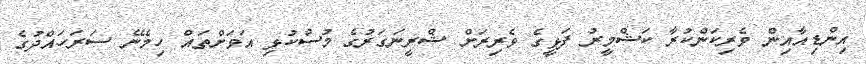
އިންޑިއާއިން ވެރިކަންކުރާ ކަޝްމީރު ފަޅީގެ ވެރިރަށް ޝްރީނަގަރުގެ މުސްކުޅި އަވަށްތައް ހިމެނޭ ސަރަހައްދުގެ